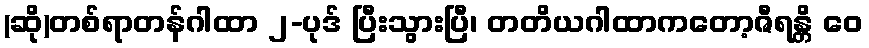
(ဆို)တစ်ရာတန်ဂါထာ ၂-ပုဒ် ပြီးသွားပြီ၊ တတိယဂါထာကတော့ဇီရန္တိ ဝေ